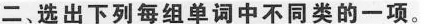
二、选出下列每组单词中不同类的一项。